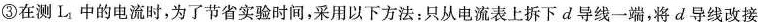
③在测L_{1}中的电流时，为了节省实验时间，采用以下方法：只从电流表上拆下d导线一端，将d导线改接